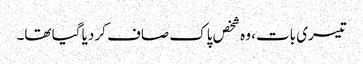
تیسری بات، وہ شخص پاک صاف کر دیا گیا تھا۔